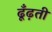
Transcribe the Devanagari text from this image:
ढूँढ़ती